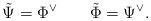
LaTeX: \begin{align*}\tilde{\Psi}=\Phi^{\vee} \qquad\tilde{\Phi}=\Psi^{\vee}.\end{align*}